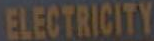
ELECTRICITY